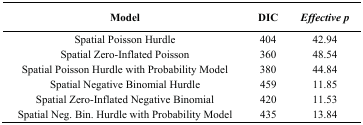
| Model | DIC | Effective p |
 | --- | --- | --- |
 | Spatial Poisson Hurdle | 404 | 42.94 |
 | Spatial Zero-Inflated Poisson | 360 | 48.54 |
 | Spatial Poisson Hurdle with Probability Model | 380 | 44.84 |
 | Spatial Negative Binomial Hurdle | 459 | 11.85 |
 | Spatial Zero-Inflated Negative Binomial | 420 | 11.53 |
 | Spatial Neg. Bin. Hurdle with Probability Model | 435 | 13.84 |